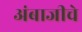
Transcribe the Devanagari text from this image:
अंबाजीचे